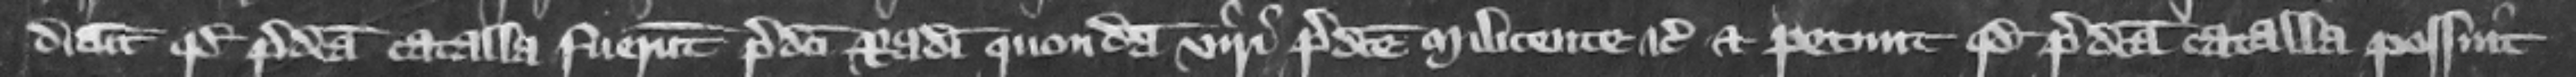
dicunt quod predicta catalla fuerunt predicti Radulphi quondam viri praedicte Milicente etc. et petunt quod predicta catalla possint